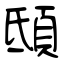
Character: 𩑾